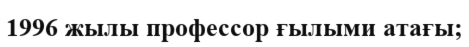
1996 жылы профессор ғылыми атағы;